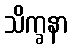
သိက္ခနာ